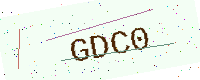
Text: GDC0